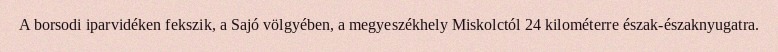
A borsodi iparvidéken fekszik, a Sajó völgyében, a megyeszékhely Miskolctól 24 kilométerre észak-északnyugatra.